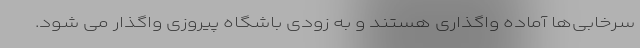
سرخابی‌ها آماده واگذاری هستند و به زودی باشگاه پیروزی واگذار می شود.